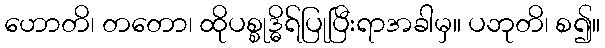
ဟောတိ၊ တတော၊ ထိုပစ္စုဒ္ဓိရ်ပြုပြီးရာအခါမှ။ ပဘုတိ၊ စ၍။